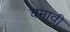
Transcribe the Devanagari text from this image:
चमावी